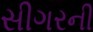
સીગરની